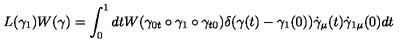
L ( \gamma _ { 1 } ) W ( \gamma ) = \int _ { 0 } ^ { 1 } d t W ( \gamma _ { 0 t } \circ \gamma _ { 1 } \circ \gamma _ { t 0 } ) \delta ( \gamma ( t ) - \gamma _ { 1 } ( 0 ) ) \dot { \gamma } _ { \mu } ( t ) \dot { \gamma } _ { 1 \mu } ( 0 ) d t